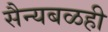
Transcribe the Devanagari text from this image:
सैन्यबळही